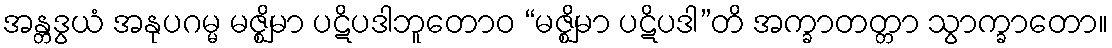
အန္တဒွယံ အနုပဂမ္မ မဇ္ဈိမာ ပဋိပဒါဘူတောဝ “မဇ္ဈိမာ ပဋိပဒါ”တိ အက္ခာတတ္တာ သွာက္ခာတော။